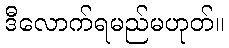
ဒီလောက်ရမည်မဟုတ်။